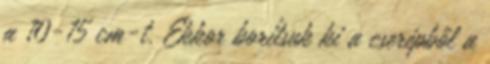
a 10-15 cm-t. Ekkor borítsuk ki a cserépből a